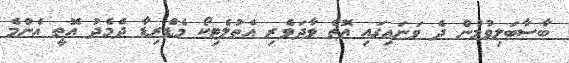
ބާސާބަލިވުމުން ދެ ވަނައިގައި އޮތް ވާދަވެރި އެތުލެޓިކޯ މެޑްރިޑާ ދެމެދު އޮތީ އެންމެ